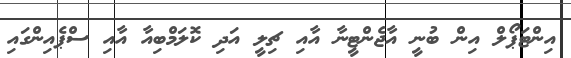
އިންޓަޕޯލް އިން ބުނީ އާޖެންޓީނާ އާއި ޗިލީ އަދި ކޮލަމްބިއާ އާއި ސްޕެއިންގައި